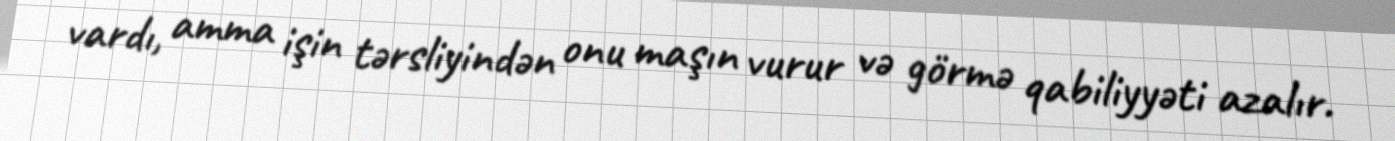
vardı, amma işin tərsliyindən onu maşın vurur və görmə qabiliyyəti azalır.